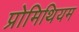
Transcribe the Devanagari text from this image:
प्रोमिथियम